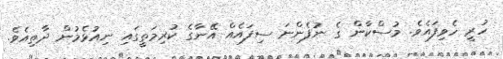
ހުރީ ހެވިފައެވެ. މުސްކާން ގެ ނުފެންނަ ސިފައެއް އޭނާގެ ކުރިމަތީގައި ނިއުޅެމުން ދާތިއެވެ.